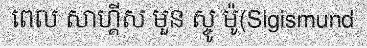
ពេល សាហ្គីស មួន ស្ចូ ម៉ូ(Sigismund